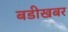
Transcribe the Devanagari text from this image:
बडीखबर